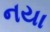
નયા